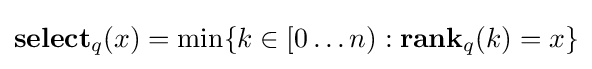
\mathbf {select} _{q}(x)=\min\{k\in [0\dots n):\mathbf {rank} _{q}(k)=x\}